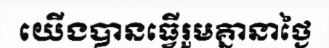
យើងបានធ្វើរួមគ្នានាថ្ងៃ